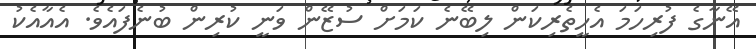
އޭނާގެ ފުރިހަމަ އެހީތެރިކަން ލިބޭނެ ކަމަށް ސުޒޭން ވަނީ ކުރިން ބުނެފައެވެ. އެއާއެކު